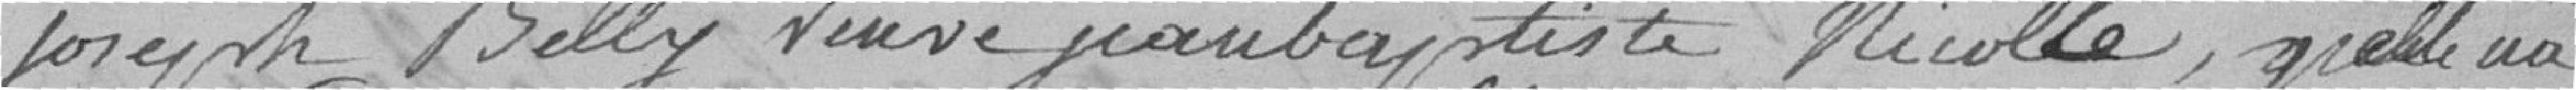
Joseph Belly veuve Jean-Baptiste Nicolle, qu'elle n'a